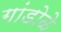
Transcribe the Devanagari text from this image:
गांडोळे